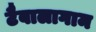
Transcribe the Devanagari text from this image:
टैबालागाम